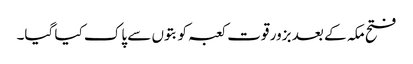
فتح مکہ کے بعد بزور قوت کعبہ کو بتوں سے پاک کیا گیا۔